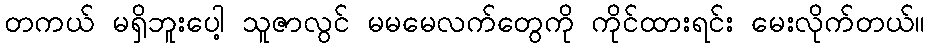
တကယ် မရှိဘူးပေါ့ သူဇာလွင် မမမေလက်တွေကို ကိုင်ထားရင်း မေးလိုက်တယ်။